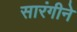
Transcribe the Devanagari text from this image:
सारंगीने